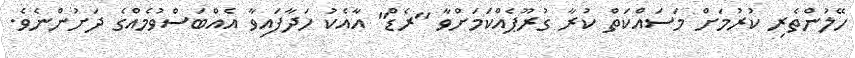
ހޭލުންތެރި ކުރުމަށް މަސައްކަތް ކުރާ ގުރޫޕެއްކަމަށްވާ "ރެޑް" އާއެކު ހަދާފައިވާ އެއްބަސްވުމެއްގެ ދަށުންނެވެ.